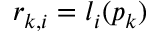
r _ { k , i } = l _ { i } ( p _ { k } )